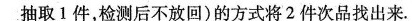
抽取1件，检测后不放回)的方式将2件次品找出来。